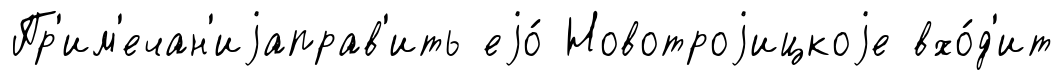
Пр'им'ечан'иjаправ'ить еjо́ Новотроjицкоjе вхо́д'ит